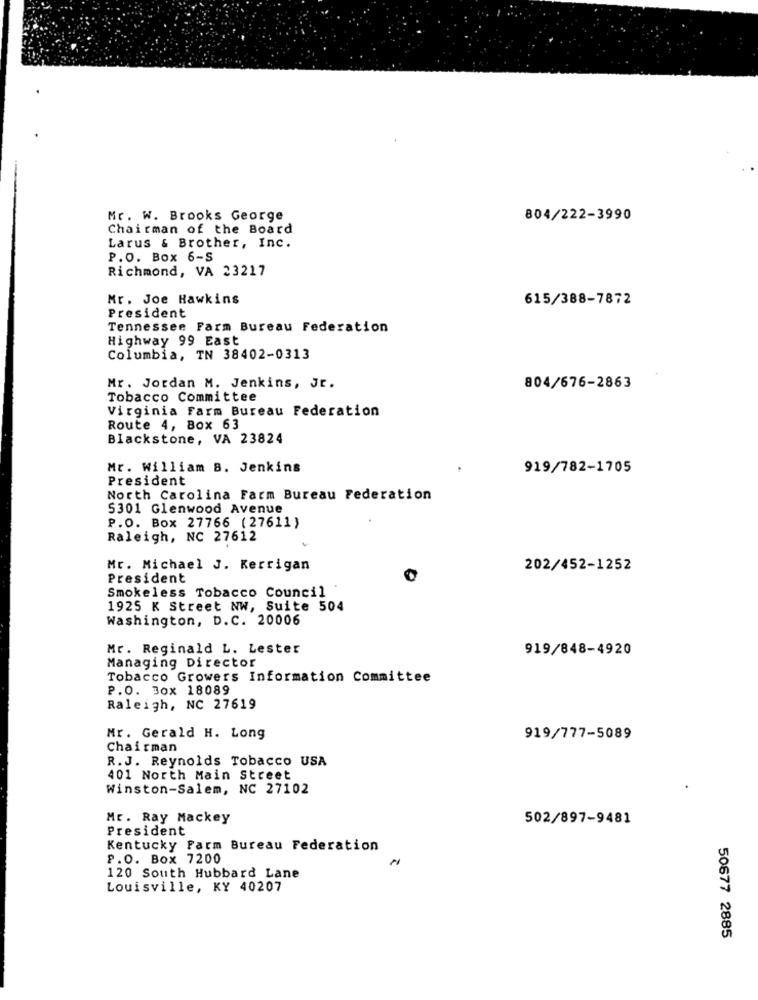
Mr. W. Brooks George
804/222-3990
Chairman of the Board
Larus & Brother, Inc.
P.O. Box 6-S
Richmond, VA 23217
Mr. Joe Hawkins
615/388-7872
President
Tennessee Farm Bureau Federation
Highway 99 East
Columbia, TN 38402-0313
Mr. Jordan M. Jenkins, Jr.
804/676-2863
Tobacco Committee
Virginia Farm Bureau Federation
Route 4, Box 63
Blackstone, VA 23824
Mr. William B. Jenkins
919/782-1705
President
North Carolina Farm Bureau Federation
5301 Glenwood Avenue
P.O. Box 27766 (27611)
Raleigh, NC 27612
Mr. Michael J. Kerrigan
202/452-1252
President
Smokeless Tobacco Council
1925 K Street NW, Suite 504
Washington, D.C. 20006
Mr. Reginald L. Lester
919/848-4920
Managing Director
Tobacco Growers Information Committee
P.O. Box 18089
Raleigh, NC 27619
Mr. Gerald H. Long
919/777-5089
Chairman
R. J. Reynolds Tobacco USA
401 North Main Street
Winston-Salem, NC 27102
Mr. Ray Mackey
502/897-9481
President
Kentucky Farm Bureau Federation
P.O. Box 7200
120 South Hubbard Lane
Louisville, KY 40207
50677 2885